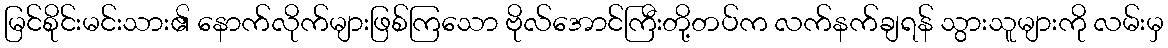
မြင်စိုင်းမင်းသား၏ နောက်လိုက်များဖြစ်ကြသော ဗိုလ်အောင်ကြီးတို့တပ်က လက်နက်ချရန် သွားသူများကို လမ်းမှ